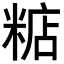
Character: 𥺦